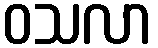
ဝသလာ